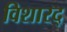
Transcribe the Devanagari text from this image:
विशारद्